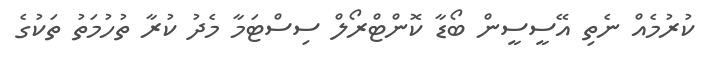
ކުރުމެއް ނެތި އޭސީސީން ބޯޑާ ކޮންޓްރޯލް ސިސްޓަމާ މެދު ކުރާ ތުހުމަތު ތަކުގެ